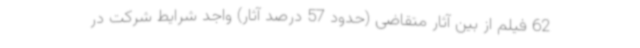
62 فیلم از بین آثار متقاضی (حدود 57 درصد آثار) واجد شرایط شرکت در